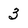
Character: 3